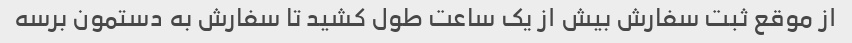
از موقع ثبت سفارش بیش از یک ساعت طول کشید تا سفارش به دستمون برسه